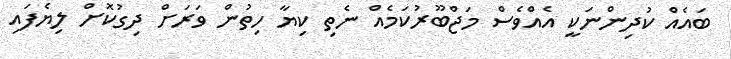
ބައެއް ކުދިންނަކީ އެއްވެސް މަޖްބޫރުކަމެއް ނެތި ކިޔާ ހިތުން ވަރަށް ދިގުކޮށް ލިޔެފައި